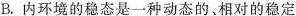
B.内环境的稳态是一种动态的、相对的稳定